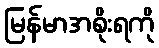
မြန်မာအစိုးရကို